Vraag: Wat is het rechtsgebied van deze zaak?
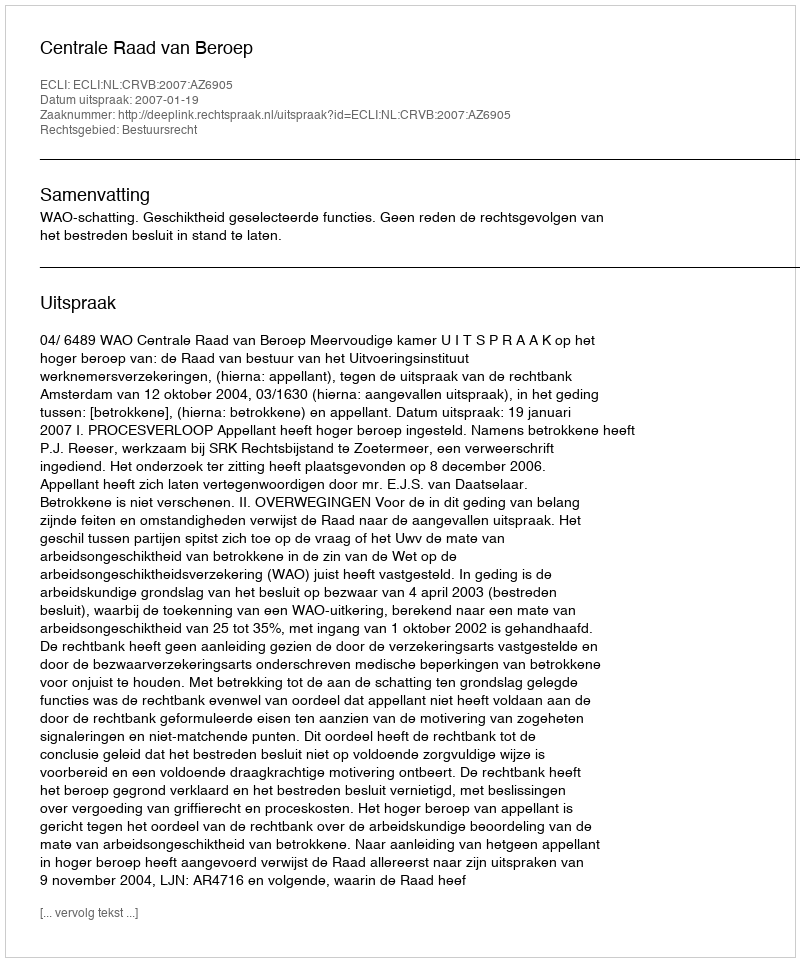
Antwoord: Bestuursrecht